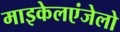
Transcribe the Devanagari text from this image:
माइकेलएंजेलो